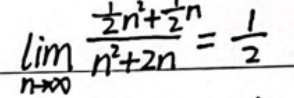
\[ \lim_{n \to \infty} \frac{\frac{1}{2}n^2 + \frac{1}{2}n}{n^2 + 2n} = \frac{1}{2} \]